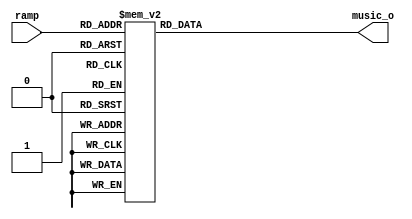
module ramp_wave_gen(
        input  [5:0] 		ramp,
        output reg [15:0]	music_o
    );


    always@(ramp[5:0])
    begin
        case(ramp[5:0])
            0 :
                music_o=16'hFFFFC000;
            1 :
                music_o=16'hFFFFC200;
            2 :
                music_o=16'hFFFFC400;
            3 :
                music_o=16'hFFFFC600;
            4 :
                music_o=16'hFFFFC800;
            5 :
                music_o=16'hFFFFCA00;
            6 :
                music_o=16'hFFFFCC00;
            7 :
                music_o=16'hFFFFCE00;
            8 :
                music_o=16'hFFFFD000;
            9 :
                music_o=16'hFFFFD200;
            10 :
                music_o=16'hFFFFD400;
            11 :
                music_o=16'hFFFFD600;
            12 :
                music_o=16'hFFFFD800;
            13 :
                music_o=16'hFFFFDA00;
            14 :
                music_o=16'hFFFFDC00;
            15 :
                music_o=16'hFFFFDE00;
            16 :
                music_o=16'hFFFFE000;
            17 :
                music_o=16'hFFFFE200;
            18 :
                music_o=16'hFFFFE400;
            19 :
                music_o=16'hFFFFE600;
            20 :
                music_o=16'hFFFFE800;
            21 :
                music_o=16'hFFFFEA00;
            22 :
                music_o=16'hFFFFEC00;
            23 :
                music_o=16'hFFFFEE00;
            24 :
                music_o=16'hFFFFF000;
            25 :
                music_o=16'hFFFFF200;
            26 :
                music_o=16'hFFFFF400;
            27 :
                music_o=16'hFFFFF600;
            28 :
                music_o=16'hFFFFF800;
            29 :
                music_o=16'hFFFFFA00;
            30 :
                music_o=16'hFFFFFC00;
            31 :
                music_o=16'hFFFFFE00;
            32 :
                music_o=16'h0;
            33 :
                music_o=16'h1FF;
            34 :
                music_o=16'h3FF;
            35 :
                music_o=16'h5FF;
            36 :
                music_o=16'h7FF;
            37 :
                music_o=16'h9FF;
            38 :
                music_o=16'hBFF;
            39 :
                music_o=16'hDFF;
            40 :
                music_o=16'hFFF;
            41 :
                music_o=16'h11FF;
            42 :
                music_o=16'h13FF;
            43 :
                music_o=16'h15FF;
            44 :
                music_o=16'h17FF;
            45 :
                music_o=16'h19FF;
            46 :
                music_o=16'h1BFF;
            47 :
                music_o=16'h1DFF;
            48 :
                music_o=16'h1FFF;
            49 :
                music_o=16'h21FF;
            50 :
                music_o=16'h23FF;
            51 :
                music_o=16'h25FF;
            52 :
                music_o=16'h27FF;
            53 :
                music_o=16'h29FF;
            54 :
                music_o=16'h2BFF;
            55 :
                music_o=16'h2DFF;
            56 :
                music_o=16'h2FFF;
            57 :
                music_o=16'h31FF;
            58 :
                music_o=16'h33FF;
            59 :
                music_o=16'h35FF;
            60 :
                music_o=16'h37FF;
            61 :
                music_o=16'h39FF;
            62 :
                music_o=16'h3BFF;
            63 :
                music_o=16'h3DFF;
            default	:
                music_o=0;
        endcase
    end
endmodule